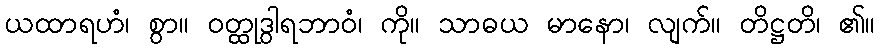
ယထာရဟံ၊ စွာ။ ဝတ္ထုဒွါရဘာဝံ၊ ကို။ သာဓယ မာနော၊ လျက်။ တိဋ္ဌတိ၊ ၏။